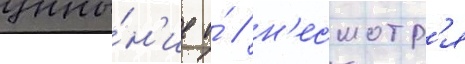
уны́н'ие и́ / н'есмотр'я